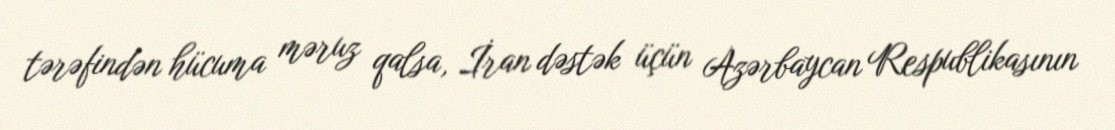
tərəfindən hücuma məruz qalsa, İran dəstək üçün Azərbaycan Respublikasının